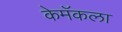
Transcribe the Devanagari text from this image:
केमॅकला